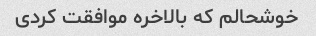
خوشحالم که بالاخره موافقت کردی